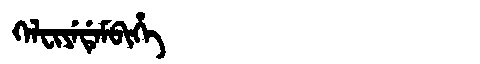
Manchu: ᡴᡝᠯᠸᡳᠶᡝᡩᡝᠮᠪᡳᡥᡝ
Romanization: KELFIYEDEMBIHE